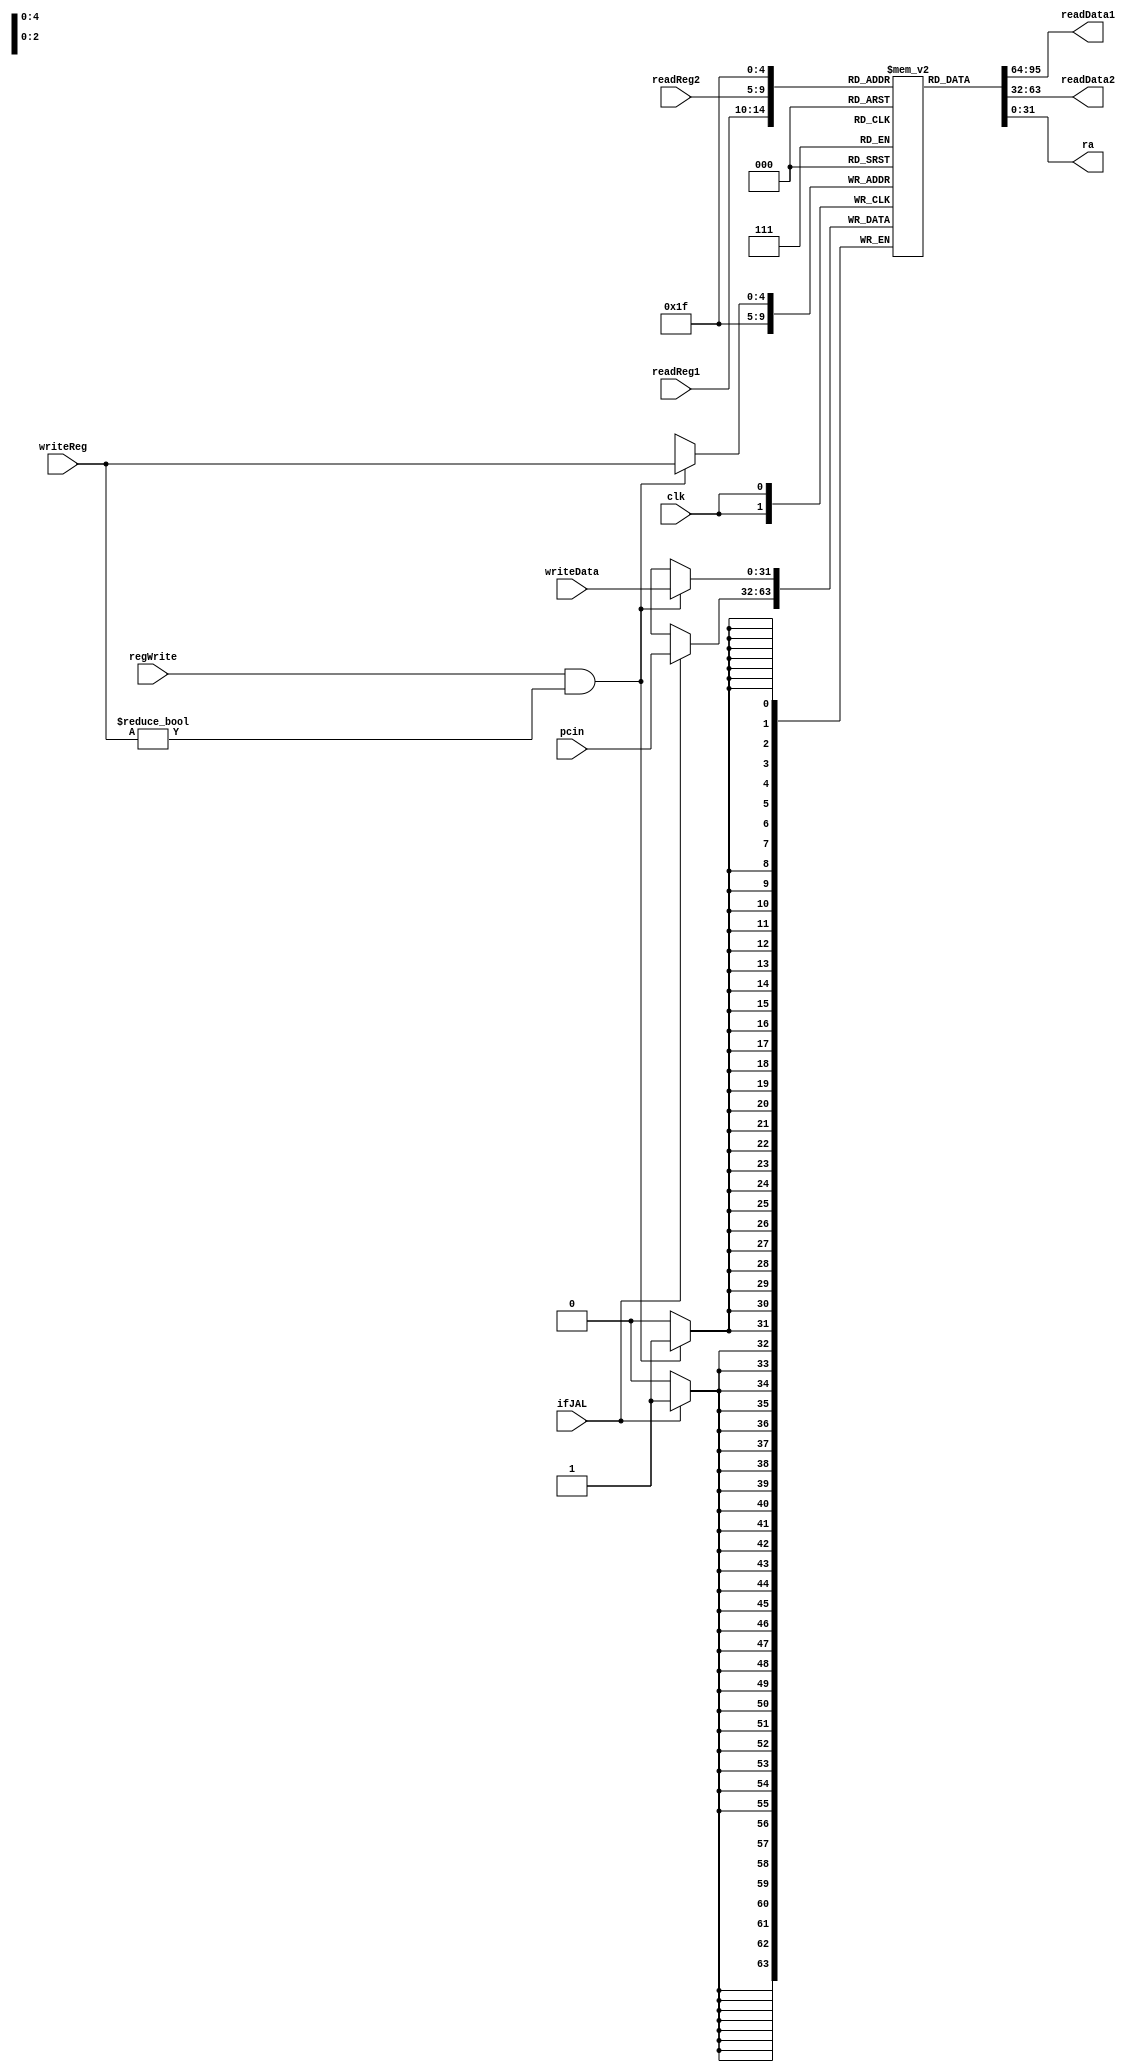
`timescale 1ns / 1ps

module Registers(
clk, regWrite, ifJAL, pcin, readReg1, readReg2, writeReg, writeData, readData1, readData2,ra);
input clk, regWrite;
input ifJAL;
input [31:0] pcin;
input [4:0] readReg1, readReg2, writeReg;
input [31:0] writeData;
output [31:0] readData1, readData2;
output [31:0] ra;
reg [31:0] register [31:0];
assign     readData1 = register[readReg1];
assign     readData2= register[readReg2];//
integer i;
initial begin
    for(i = 0; i < 32; i = i + 1)
        register[i] <= 0;
 end
assign ra = register[31];



 always@(negedge clk) begin
    if(regWrite == 1 && writeReg != 0) 
        register[writeReg] <= writeData;
    if(ifJAL) register[31] <= pcin;  
 end//
endmodule